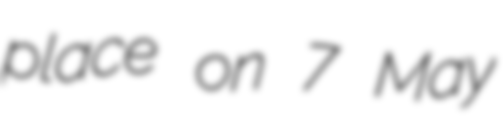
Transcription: place on 7 May